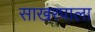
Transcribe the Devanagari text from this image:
साखरपाला